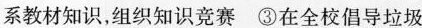
系教材知识，组织知识竞赛 ③在全校倡导垃圾